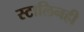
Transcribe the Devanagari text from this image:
स्टालिनही